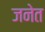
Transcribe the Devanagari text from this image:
जनेत